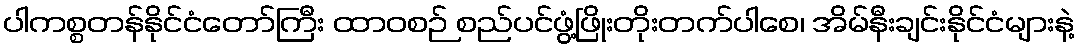
ပါကစ္စတန်နိုင်ငံတော်ကြီး ထာဝစဉ် စည်ပင်ဖွံ့ဖြိုးတိုးတက်ပါစေ၊ အိမ်နီးချင်းနိုင်ငံများနဲ့